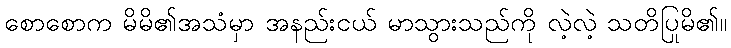
စောစောက မိမိ၏အသံမှာ အနည်းငယ် မာသွားသည်ကို လဲ့လဲ့ သတိပြုမိ၏။